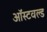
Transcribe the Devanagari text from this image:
ऑस्टवल्ड